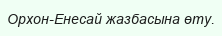
Орхон-Енесай жазбасына өту.